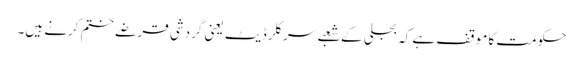
حکومت کا موقف ہے کہ بجلی کے شعبے سرکلر ڈیٹ یعنی گردشی قرضے ختم کرنے ہیں۔